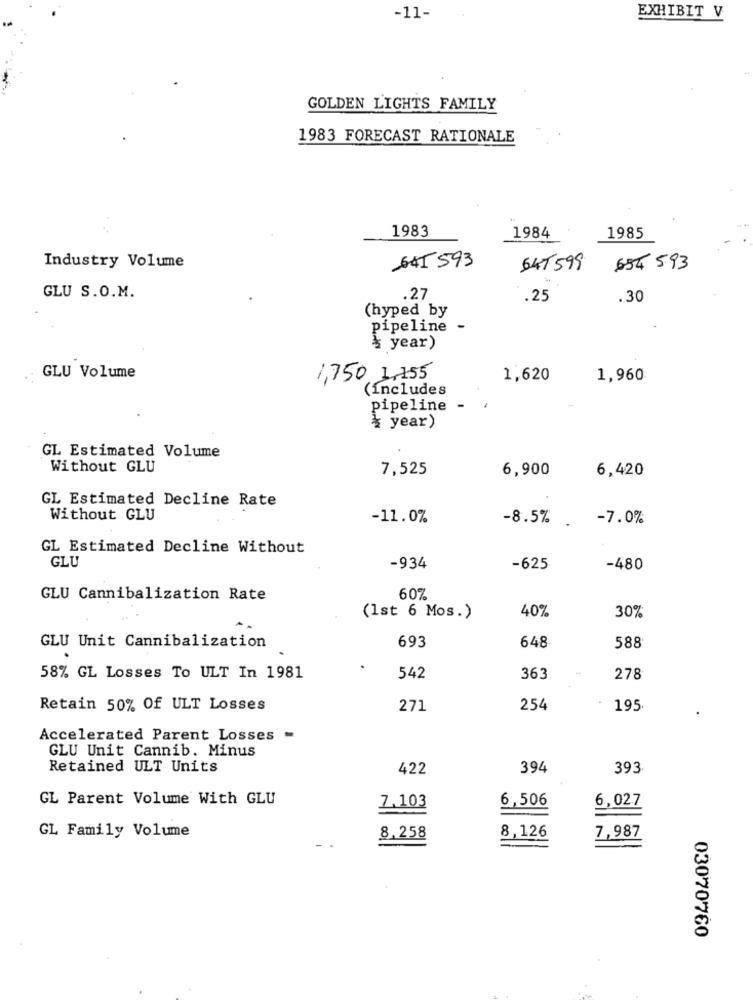
-11-
EXHIBIT V
GOLDEN LIGHTS FAMILY
1983 FORECAST RATIONALE
1983
1984
1985
641 593
Industry Volume
641 599
654 593
GLU S.O.M.
.27
.25
.30
(hyped by
pipeline
& year)
GLU Volume
1,750 1,255
1,620
1,960
(includes
pipeline -
* year)
GL Estimated Volume
Without GLU
7,525
6,900
6,420
GL Estimated Decline Rate
Without GLU
-11.0%
-8.5% . - 7.0%
GL Estimated Decline Without
GLU
-934
-625
-480
GLU Cannibalization Rate
60%
40%
(1st 6 Mos.)
30%
693
GLU Unit Cannibalization
648
588
58% GL Losses To ULT In 1981
542
363
278
Retain 50% Of ULT Losses
271
254
195
Accelerated Parent Losses -
GLU Unit Cannib. Minus
Retained ULT Units
422
394
393
GL Parent Volume With GLU
7,103
6,506
6,027
GL Family Volume
8,126
8.258
7,987
03070760